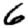
Digit: 6